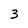
Character: 3